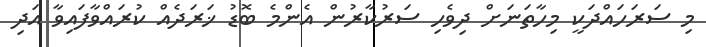
މި ސަރަހައްދަކީ މިހާތަނަށް ދިވެހި ސަރުކާރުން އެންމެ ބޮޑު ޚަރަދެއް ކުރައްވާފައިވާ އަދި